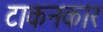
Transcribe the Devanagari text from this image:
टाकनकार